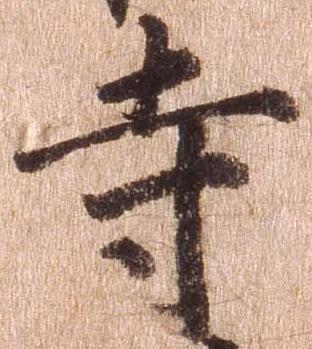
寺